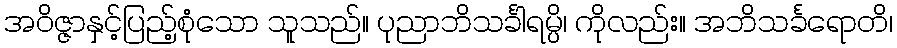
အဝိဇ္ဇာနှင့်ပြည့်စုံသော သူသည်။ ပုညာဘိသင်္ခါရမ္ပိ၊ ကိုလည်း။ အဘိသင်္ခရောတိ၊